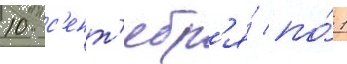
10 с'ент'ябр'я́ по́ 1